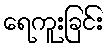
ရေကူးခြင်း